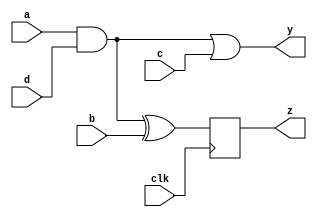
module common_sub (
  output reg y, z,
  input a, b, c, d,
  clk
);

reg temp1, temp2, temp3;
always @ (*) begin
  temp1 = a & d;
  temp2 = temp1 | c;
  y = temp2;
  temp3 = (a & d) ^ b;
end

always @ (posedge clk)
  z <= temp3;
endmodule